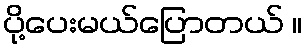
ပို့ပေးမယ်ပြောတယ် ။